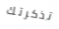
تذكرتك